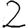
Digit: 2